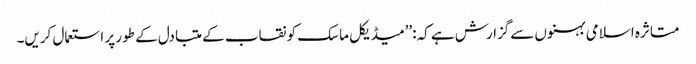
متاثرہ اسلامی بہنوں سےگزارش ہے کہ:’’میڈیکل ماسک کو نقاب کے متبادل کے طور پر استعمال کریں۔